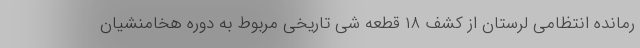
رمانده انتظامی لرستان از کشف ۱۸ قطعه شی تاریخی مربوط به دوره هخامنشیان